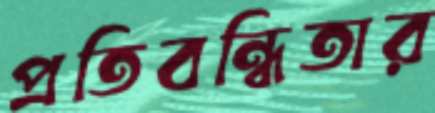
প্রতিবন্ধিতার